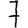
Digit: 7